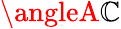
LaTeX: \angleA\mathbb{C}